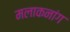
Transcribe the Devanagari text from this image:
मलाकनांग